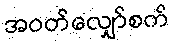
အဝတ်လျှော်စက်